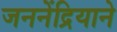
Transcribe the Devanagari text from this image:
जननेंद्रियाने